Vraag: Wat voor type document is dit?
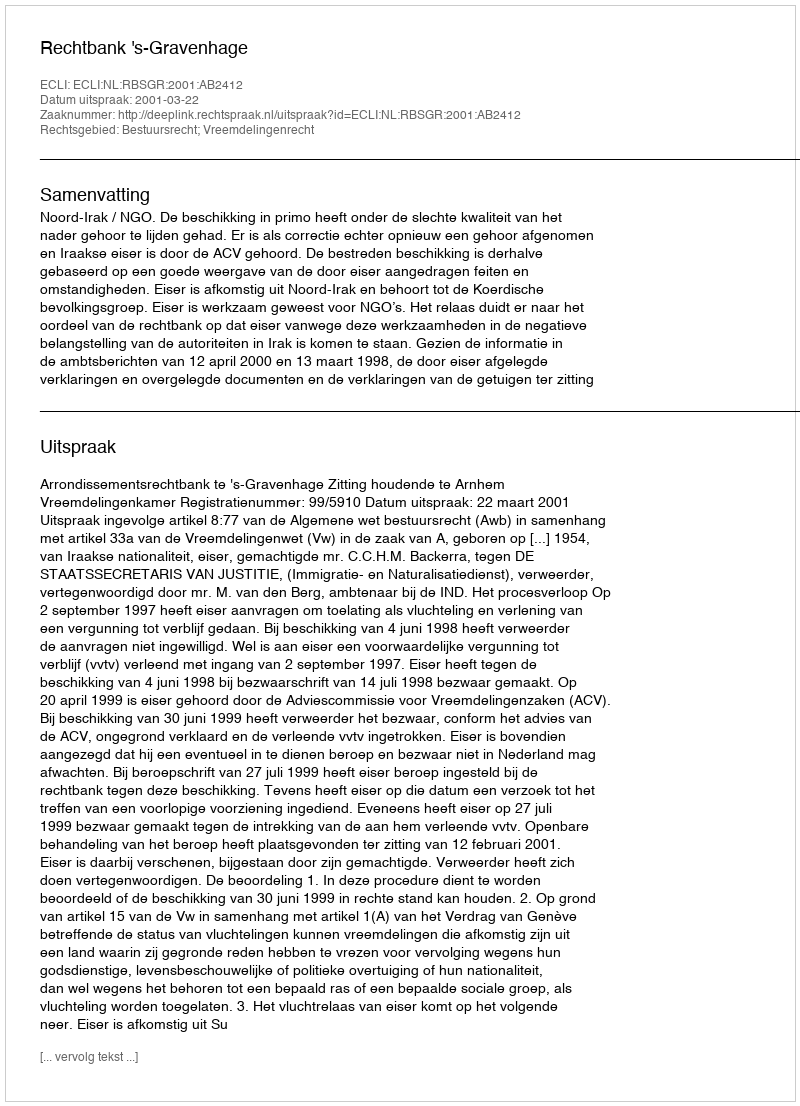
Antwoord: Uitspraak